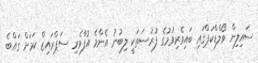
ސައިލިން ވޯލްޑްކަޕްގައި ބައިވެރިވުމުގެ ފުރުސަތަކީ ލިބުނު އެންމެ އުފާވެރި ސަޕްރައިޒް ކަމަށް ގައްބެ